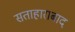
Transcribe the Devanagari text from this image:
सताहाराबाद